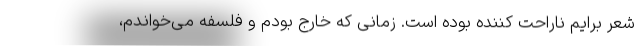
شعر برایم ناراحت کننده بوده است. زمانی که خارج بودم و فلسفه می‌خواندم،